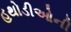
હથોડીઓની